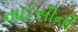
નાઈસીની